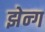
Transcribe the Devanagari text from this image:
झेन्ग